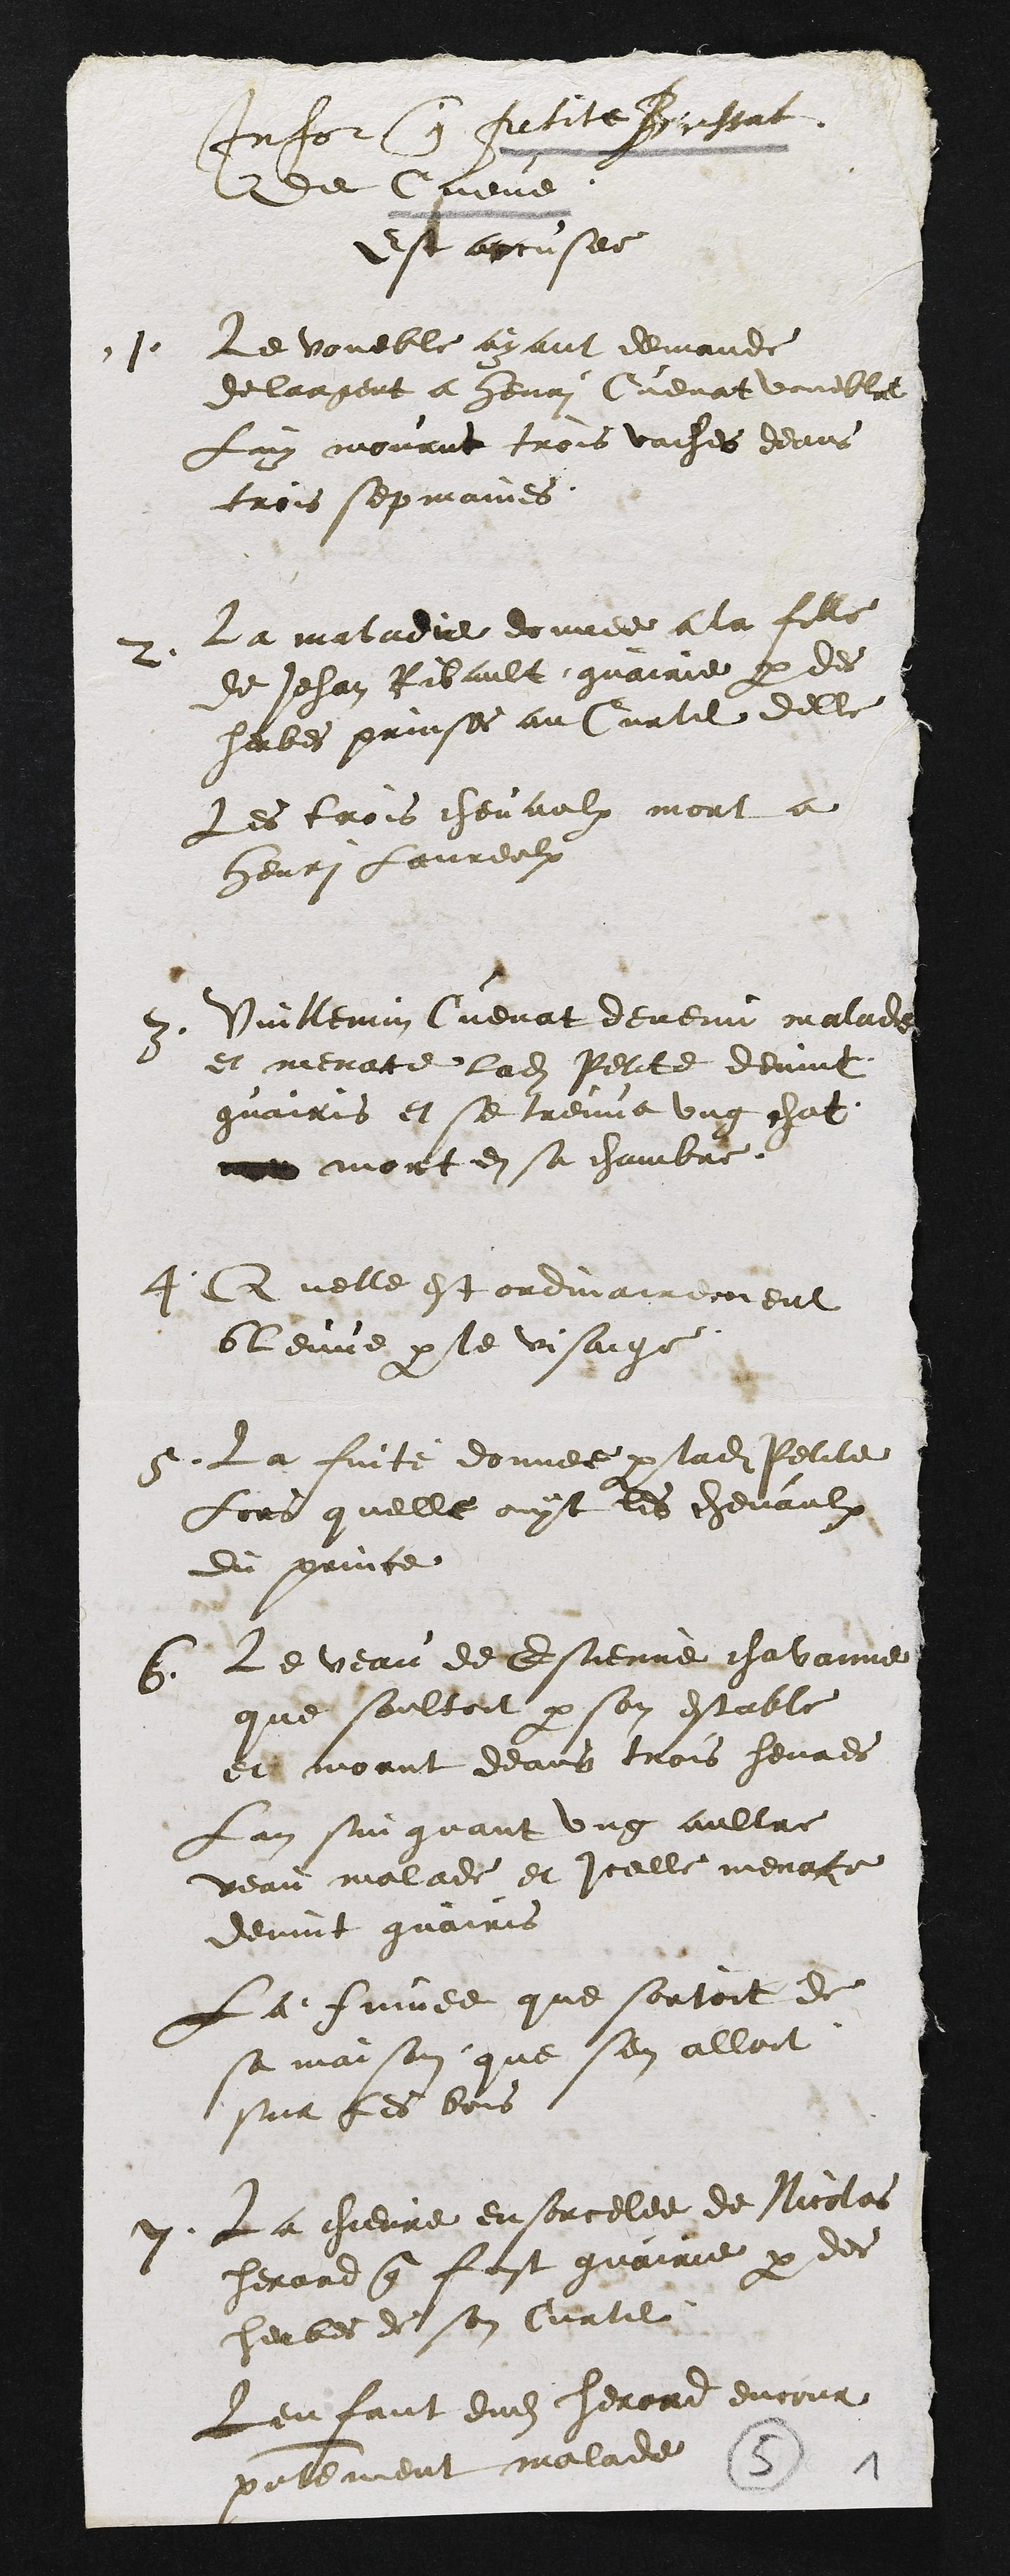
Infor contre Petite Brissat
dit Cave
est accusee
1
Le voueble ayant demande
de largent a henri Cuenat voueble
Luy mourut trois vaches deans
trois sepmaines
2
la maladie donnee a la fille
de Jehan Ribault guairie par des
herbes prinses au Curtil delle
Les lois chevaulx mort a
henri Loureulx
3
Vuillemin Cuenat devenu malade
et menatte ladite Petite devint
guairis et se treuva ung chat
a mort en sa chambre
4
Quelle est ordinairement
blenne par le visaige
5
La faite donnee par ladite Petite
Lors quelle out les chevaulx
du prince
Le veau de Estienne chavanne
5
que soultoit par son estable
et morut deans trois heures
Lan sin guant ung aultre
veau malade et icelle menace
devint guairis
La quee que sortoit de
sa maison que sen alloit
sur les bois
2
La chievre ensorcelee de Nicolas
herard que fust guairie par des
herbes de son Curtil
Lenfant dudit herard encour
palement malade